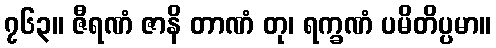
၇၆၃။ ဇီရဏံ ဇာနိ တာဏံ တု၊ ရက္ခဏံ ပမိတိပ္ပမာ။